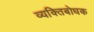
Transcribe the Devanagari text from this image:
व्यक्तिबोधक